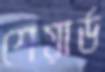
শেয়ার্ড